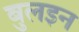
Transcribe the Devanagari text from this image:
बुलइन